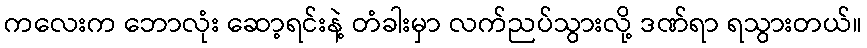
ကလေးက ဘောလုံး ဆော့ရင်းနဲ့ တံခါးမှာ လက်ညပ်သွားလို့ ဒဏ်ရာ ရသွားတယ်။